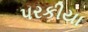
પરકીયા